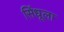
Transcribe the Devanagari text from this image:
सिंधूला